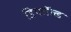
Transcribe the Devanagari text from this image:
डिफॉल्ड